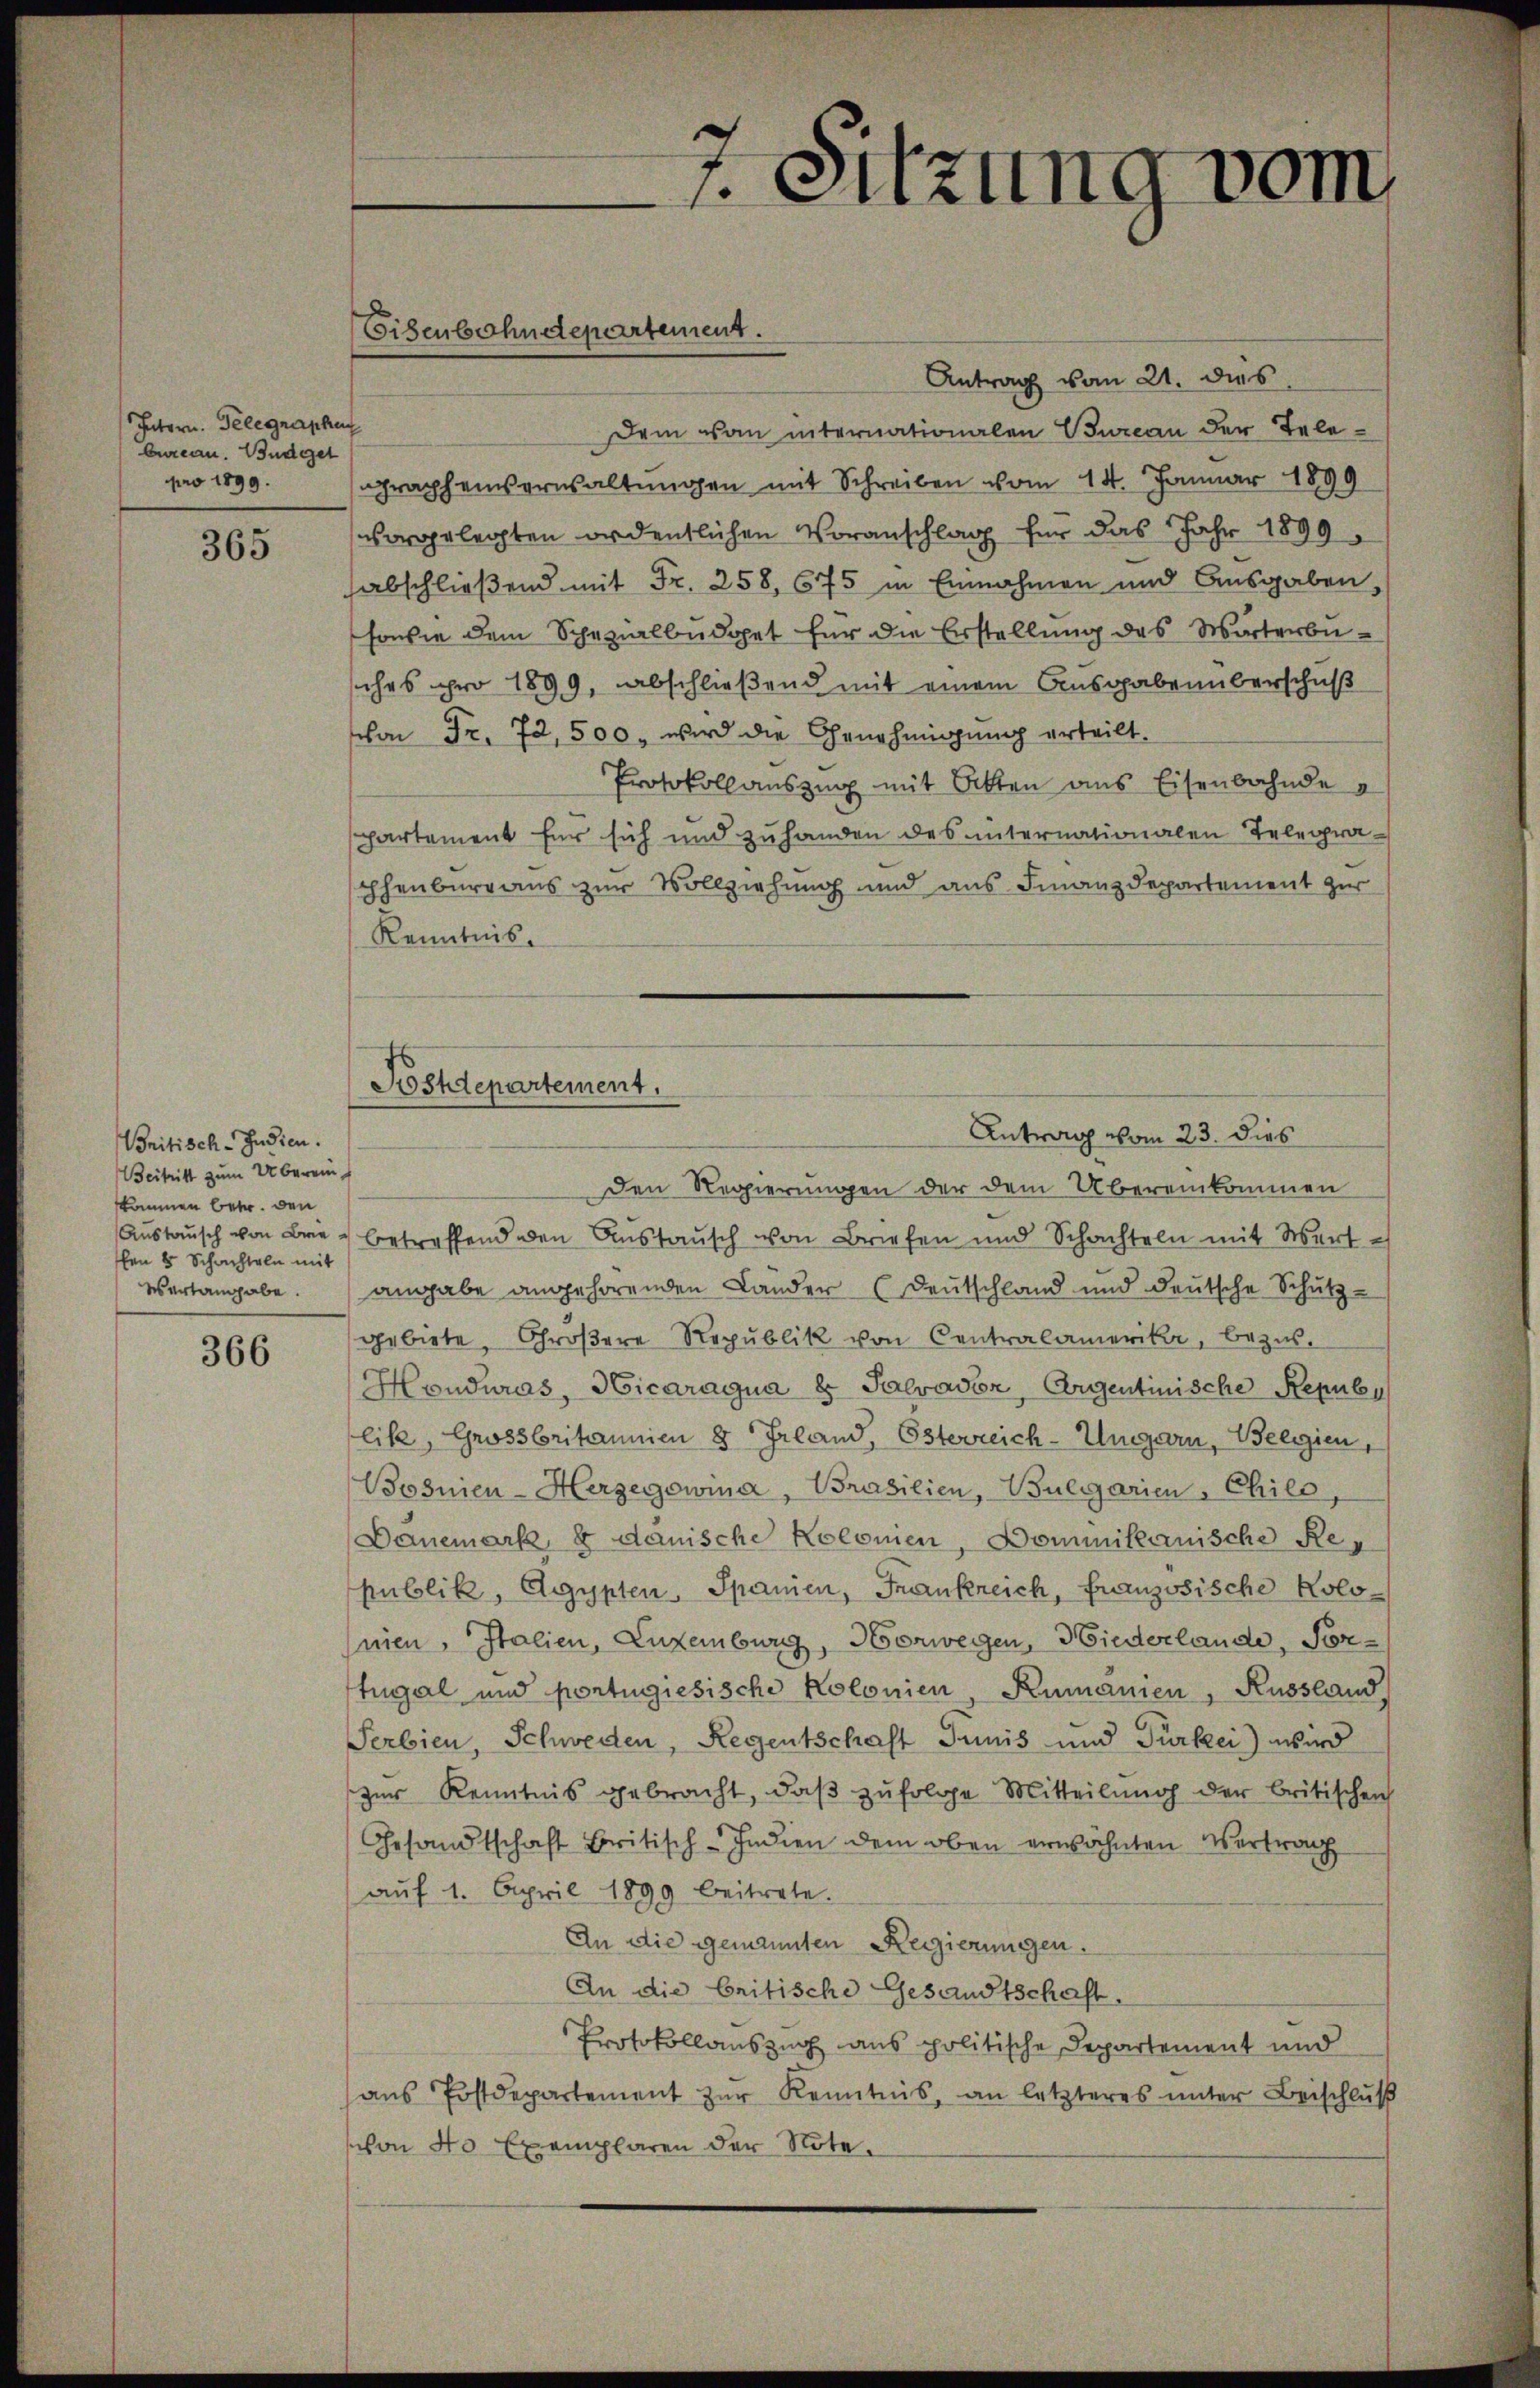
Intern. Gelegraphen
bureau. Budget
pro 1899.

365

Britisch-Indien.
Beitritt zum Überein
kommen betr. den
Austausch von Bra
en 8 Schachteln mit
esertangabe.

366

Antrag vom 21. dies
Dem von internationalen Bureau der Telegraphennerwaltungen mit Schreiben vom 14. Januar 1899
vorgelegten ordentlichen Voranschlag für das Jahr 1899
abschließend mit Fr. 258, 675 in Einnahmen und Ausgaben,
sowie dem Schazialbüdget für die Erstellung des Wörterbuches pro 1899, abschließend mit einem Ausgabenüberschuß
von Fr. 72, 500. wird die Genehmigung erteilt.
Protokollauszug mit Bitten aus Eisenbahnde
partement für sich und zuhanden des unternationalen Telegraphenburg aus zur Vollziehung und aus Finanzdepartement zur
Kenntnis.
Den Regierungen der dem Übereinkommen
betreffend den Austausch von Briefen und Schachteln mit Wert-
angabe angehörenden Lander (Deutschland und deutsche Schutz-
gebiete, Groβere Republik von Centralamerikar, bezus.
Honduras, Vicaragua es Salvavor, Argentinische Repub
lik, Grossbritannien 8 Irland, Österreich-Ungarn, Belgien,
Bosnien-Herzegowina, Brasilien, Bulgarien , Chile,
Dänemark, 8 danische Kolonien, Dominikanische Republik, Agypten, Spanien, Frankreich, Französische Kolonien, Italien, Luxemburg, Norwegen, Wiederlande, Vortugal und portugiesische Kolonien Kumanien, Russland,
Serbien, Schweden, Regentschaft Junis und Türkei) wird
zur Kenntnis gebracht, daβ zŭfolge Mitteilung der britischen
Gesandtschaft Britisch-Indien dem oben erwähnten Vertrag
aŭf 1. April 1899 beitrete.
An die genannten Regierungen.
An die britische Gesandtschaft.
Protokollauszug aus politische Departement und
ans Postdepartement zŭr Kenntnis, an letzteres ŭnter Beischlŭβ
von 40 Exemplaren der Note.

Eisenbahndepartement.

Sitzung vom

Postdepartement.
Antrag vom 23. dies